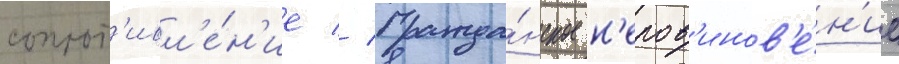
сопрот'ивл'е́н'ие // Гражда́нское н'епов'инов'е́н'ие